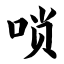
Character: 唢